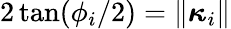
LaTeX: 2\tan(\phi_{i}/2)=\lVert\boldsymbol{\kappa}_{i}\rVert